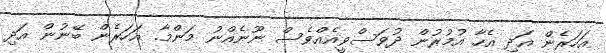
އަހަރެން އަދި އެހާ އުމުރުން ދުވަސްވީއެއްވެސް ނޫނެއްނު މަންމާ. އަހަރެން ބޭނުން އަދި